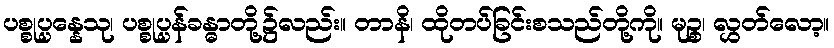
ပစ္စုပ္ပန္နေသု၊ ပစ္စုပ္ပန်ခန္ဓာတို့၌လည်း။ တာနိ၊ ထိုတပ်ခြင်းစသည်တို့ကို။ မုဉ္စ၊ လွှတ်လော့။